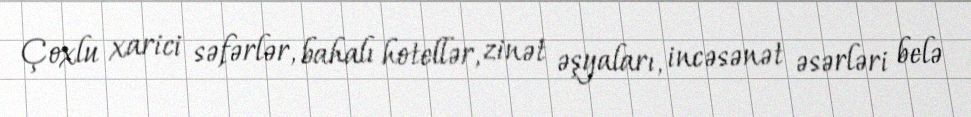
Çoxlu xarici səfərlər, bahalı hotellər, zinət əşyaları, incəsənət əsərləri belə